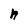
Character: n